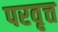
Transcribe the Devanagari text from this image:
परवृत्त